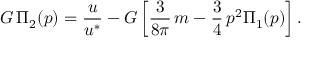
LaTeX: G \, \Pi _ { 2 } ( p ) = \frac { u } { u ^ { * } } - G \left[ \frac { 3 } { 8 \pi } \, m - \frac { 3 } { 4 } \, p ^ { 2 } \Pi _ { 1 } ( p ) \right] .